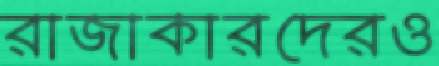
রাজাকারদেরও